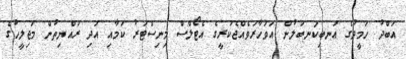
އަބްދު ހަމީދުގެ އަނބިކަނބަލުން އަވަހާރަވެއްޖެކުރީގެ އެޓޯލްސް މިނިސްޓަރު ކަމާއި އަދި ރައްޔިތުން މަޖިލީހުގެ